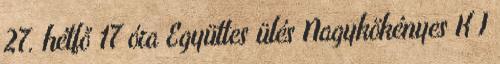
27. hétfő 17 óra Együttes ülés Nagykökényes K I